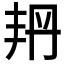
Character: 𠂴